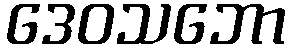
ဒေဝသဘော